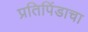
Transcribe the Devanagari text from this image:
प्रतिपिंडाचा